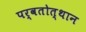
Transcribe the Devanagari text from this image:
पर्वतोत्‍थान